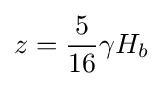
z={\frac {5}{16}}\gamma H_{b}